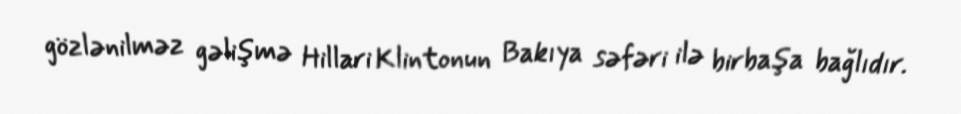
gözlənilməz gəlişmə Hillari Klintonun Bakıya səfəri ilə birbaşa bağlıdır.